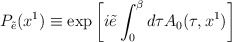
\begin{align*}P_{\tilde e} (x^1)\equiv \exp\left[ i\tilde e\int_0^\beta d\tau A_0(\tau,x^1)\right]\end{align*}